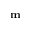
\mathbf { m }